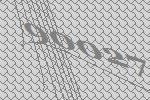
90027